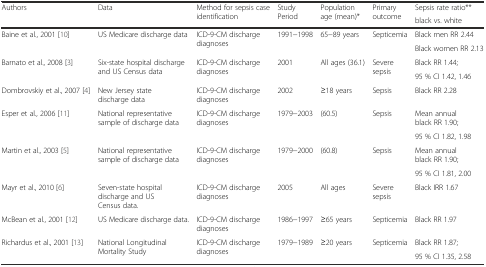
| <ROWSPAN=2> Authors | <ROWSPAN=2> Data | <ROWSPAN=2> Method for sepsis case identification | <ROWSPAN=2> Study Period | <ROWSPAN=2> Population age (mean)* | <ROWSPAN=2> Primary outcome | Sepsis rate ratio** |
 | black vs. white |
 | --- | --- | --- | --- | --- | --- | --- |
 | <ROWSPAN=2> Baine et al., 2001 [10] | <ROWSPAN=2> US Medicare discharge data | <ROWSPAN=2> ICD-9-CM discharge diagnoses | <ROWSPAN=2> 1991−1998 | <ROWSPAN=2> 65−89 years | <ROWSPAN=2> Septicemia | Black men RR 2.44 |
 | Black women RR 2.13 |
 | <ROWSPAN=2> Barnato et al., 2008 [3] | <ROWSPAN=2> Six-state hospital discharge and US Census data | <ROWSPAN=2> ICD-9-CM discharge diagnoses | <ROWSPAN=2> 2001 | <ROWSPAN=2> All ages (36.1) | <ROWSPAN=2> Severe sepsis | Black RR 1.44; |
 | 95 % CI 1.42, 1.46 |
 | Dombrovskiy et al., 2007 [4] | New Jersey state discharge data | ICD-9-CM discharge diagnoses | 2002 | ≥18 years | Sepsis | Black RR 2.28 |
 | <ROWSPAN=2> Esper et al., 2006 [11] | <ROWSPAN=2> National representative sample of discharge data | <ROWSPAN=2> ICD-9-CM discharge diagnoses | <ROWSPAN=2> 1979−2003 | <ROWSPAN=2> (60.5) | <ROWSPAN=2> Sepsis | Mean annual black RR 1.90; |
 | 95 % CI 1.82, 1.98 |
 | <ROWSPAN=2> Martin et al., 2003 [5] | <ROWSPAN=2> National representative sample of discharge data | <ROWSPAN=2> ICD-9-CM discharge diagnoses | <ROWSPAN=2> 1979−2000 | <ROWSPAN=2> (60.8) | <ROWSPAN=2> Sepsis | Mean annual black RR 1.90; |
 | 95 % CI 1.81, 2.00 |
 | Mayr et al., 2010 [6] | Seven-state hospital discharge and US Census data. | ICD-9-CM discharge diagnoses | 2005 | All ages | Severe sepsis | Black IRR 1.67 |
 | McBean et al., 2001 [12] | US Medicare discharge data. | ICD-9-CM discharge diagnoses | 1986−1997 | ≥65 years | Septicemia | Black RR 1.97 |
 | <ROWSPAN=2> Richardus et al., 2001 [13] | <ROWSPAN=2> National Longitudinal Mortality Study | <ROWSPAN=2> ICD-9-CM discharge diagnoses | <ROWSPAN=2> 1979−1989 | <ROWSPAN=2> ≥20 years | <ROWSPAN=2> Septicemia | Black RR 1.87; |
 | 95 % CI 1.35, 2.58 |